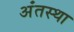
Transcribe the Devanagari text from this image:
अंंतस्था